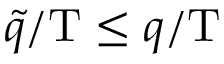
\tilde { q } / \mathrm { T } \leq q / \mathrm { T }